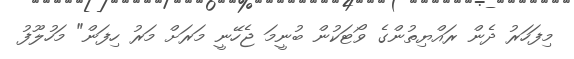
މިފަހަރު ދެން ރައްޔިތުންގެ ވޯޓަކުން ބުނީމަ ޖެހޭނީ މަރަށް މަރު ހިފަން" މަހުލޫފު